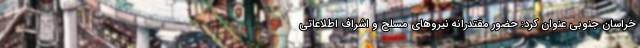
خراسان جنوبی عنوان کرد: حضور مقتدرانه نیروهای مسلح و اشراف اطلاعاتی